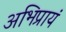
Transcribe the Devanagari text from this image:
अभिप्रायं